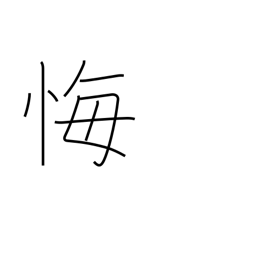
Meaning: regret